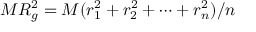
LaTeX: M R _ { g } ^ { 2 } = M ( r _ { 1 } ^ { 2 } + r _ { 2 } ^ { 2 } + \cdots + r _ { n } ^ { 2 } ) / n